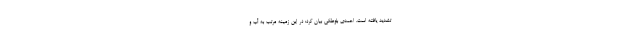
تشدید یافته است. احمدی بلوطکی بیان کرد: در این زمینه مرتب به آب و